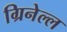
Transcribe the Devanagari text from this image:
ग्रिनेल्ल